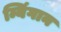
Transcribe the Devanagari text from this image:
म्यिंगान